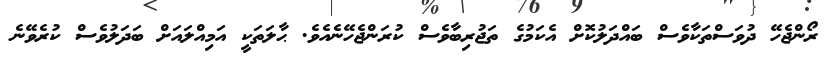
ރޯންޖެހޭ ދުވަސްތަކާވެސް ބައްދަލުކޮށް އެކަމުގެ ތަޖުރިބާވެސް ކުރަންޖެހޭނެއެވެ. ޙާލަތަކީ އަމިއްލައަށް ބަދަލުވެސް ކުރެވޭނެ